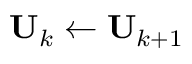
\mathbf { U } _ { k } \gets \mathbf { U } _ { k + 1 }